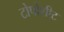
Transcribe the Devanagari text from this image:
टोपोशीट